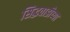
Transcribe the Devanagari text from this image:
सिद्धवाडीच्या